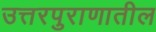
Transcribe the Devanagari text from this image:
उत्तरपुराणातील